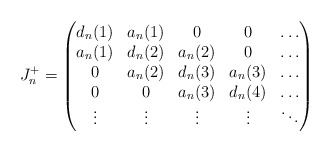
\begin{align*}J_n^+=\begin{pmatrix} d_n(1) & a_n(1) &0& 0 &\dots\\ a_n(1) & d_n(2) & a_n(2) &0& \dots\\ 0 & a_n(2) & d_n(3) & a_n(3) &\dots\\ 0 &0& a_n(3) & d_n(4) &\dots\\ \vdots &\vdots&\vdots&\vdots&\ddots \end{pmatrix} \end{align*}